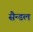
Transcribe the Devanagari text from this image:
सैन्डल